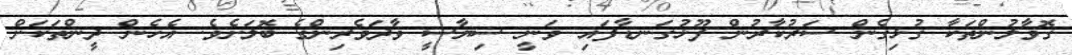
ގޮވާލުންތަކާ ގުޅިގެން ސަރުކާރުން ފޫޅުގަނޑާފައި ވަނީ ސިޔާސީ ވާދަވެރިންގެ ބޮލަށެވެ. އެހެން ދީންތަކަށް